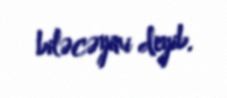
biləcəyini deyib.